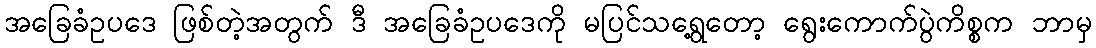
အခြေခံဥပဒေ ဖြစ်တဲ့အတွက် ဒီ အခြေခံဥပဒေကို မပြင်သရွေ့တော့ ရွေးကောက်ပွဲကိစ္စက ဘာမှ